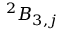
^ { 2 } B _ { 3 , j }